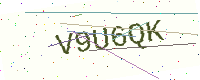
Text: V9U6QK